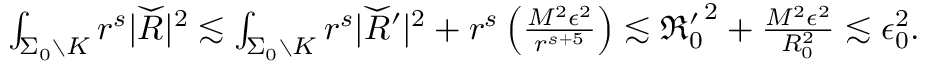
\begin{array} { r } { \int _ { \Sigma _ { 0 } \setminus K } r ^ { s } | \widecheck R | ^ { 2 } \lesssim \int _ { \Sigma _ { 0 } \setminus K } r ^ { s } | \widecheck R ^ { \prime } | ^ { 2 } + r ^ { s } \left( \frac { M ^ { 2 } \epsilon ^ { 2 } } { r ^ { s + 5 } } \right) \lesssim { \mathfrak { R } _ { 0 } ^ { \prime } } ^ { 2 } + \frac { M ^ { 2 } \epsilon ^ { 2 } } { R _ { 0 } ^ { 2 } } \lesssim \epsilon _ { 0 } ^ { 2 } . } \end{array}